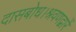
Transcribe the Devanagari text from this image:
दासबोध।श्रवणद्वारें